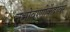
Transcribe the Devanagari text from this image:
नभोवाणीकेंद्रावर